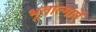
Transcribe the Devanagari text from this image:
भूतात्माएँ